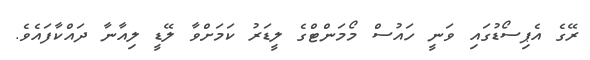
ރޭގެ އެޕިސޯޑުގައި ވަނީ ހައުސް މޯމަންޓްގެ ލީޑަރު ކަމަށްވާ ލޭޑީ ލިއާނާ ދައްކާފައެވެ.